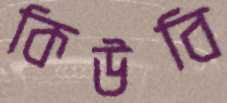
কিউবি